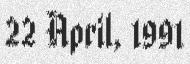
22 April, 1991